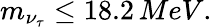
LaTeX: m_{\nu_{\tau}}\leq 18.2\, MeV.